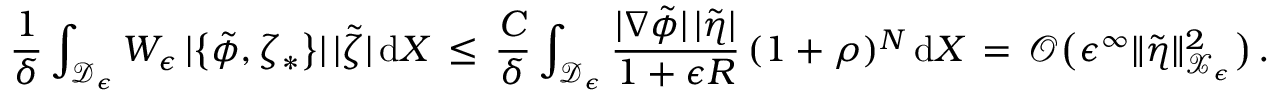
\frac { 1 } { \delta } \int _ { \mathcal { D } _ { \epsilon } } W _ { \epsilon } \, | \bigl \{ \tilde { \phi } , \zeta _ { * } \bigr \} | \, | \tilde { \zeta } | \, \mathrm { d } X \, \le \, \frac { C } { \delta } \int _ { \mathcal { D } _ { \epsilon } } \frac { | \nabla \tilde { \phi } | \, | \tilde { \eta } | } { 1 + \epsilon R } \, ( 1 + \rho ) ^ { N } \, \mathrm { d } X \, = \, \mathcal { O } \bigl ( \epsilon ^ { \infty } \| \tilde { \eta } \| _ { \mathcal { X } _ { \epsilon } } ^ { 2 } \bigr ) \, .